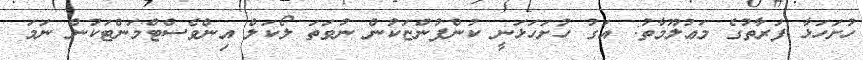
ހުށަަހަޅާ ފަރާތުގެ މަޢުލޫމާތު: އަގު ހުށަހަޅަނީ ކުންފުންޏަކުން ނުވަތަ ލޯކަލް އިންވެސްޓްމަންޓަކުން ނަމަ